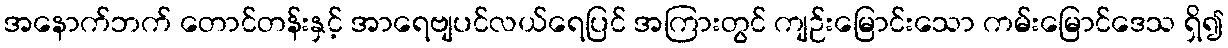
အနောက်ဘက် တောင်တန်းနှင့် အာရေဗျပင်လယ်ရေပြင် အကြားတွင် ကျဉ်းမြောင်းသော ကမ်းမြောင်ဒေသ ရှိ၍